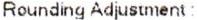
ROUNDING ADJUSTMENT :